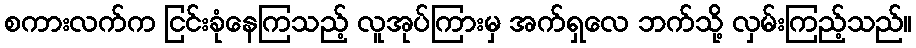
စကားလက်က ငြင်းခုံနေကြသည့် လူအုပ်ကြားမှ အက်ရှလေ ဘက်သို့ လှမ်းကြည့်သည်။